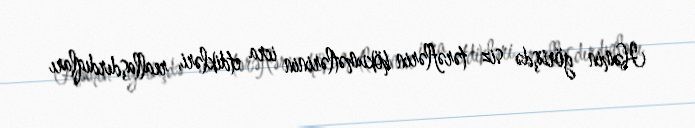
Həmin görüşdə siz tərəflərin hökumətlərinin icra etdikləri, reallaşdırdıqları